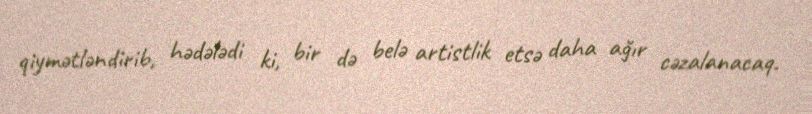
qiymətləndirib, hədələdi ki, bir də belə artistlik etsə daha ağır cəzalanacaq.